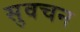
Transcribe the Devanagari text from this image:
सुवचन